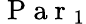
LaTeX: \mathrm{~P~a~r~}_{1}